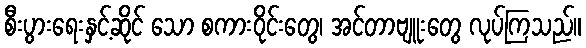
စီးပွားရေးနှင့်ဆိုင် သော စကားဝိုင်းတွေ၊ အင်တာဗျူးတွေ လုပ်ကြသည်။